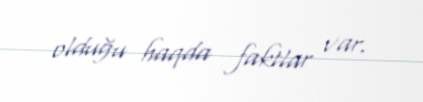
olduğu haqda faktlar var.